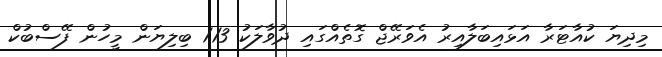
މިދިޔަ ކުއާޓަރާ އަޅައިބަލާއިރު އެވަރޭޖް ގޮތެއްގައި ދުވާލަކު 1.13 ބިލިޔަން މީހުން ފޭސްބުކް